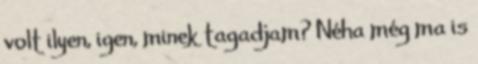
volt ilyen, igen, minek tagadjam? Néha még ma is